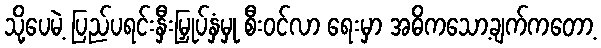
သို့ပေမဲ့ ပြည်ပရင်းနှီးမြှုပ်နှံမှု စီးဝင်လာ ရေးမှာ အဓိကသော့ချက်ကတော့